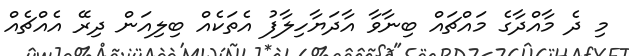
މި ދެ މާއްދާގެ މައްޗައް ބިނާވާ އާދަޔާހިލާފު އެތަކެއް ބިލިއަން ދިރޭ އެއްޗެއް